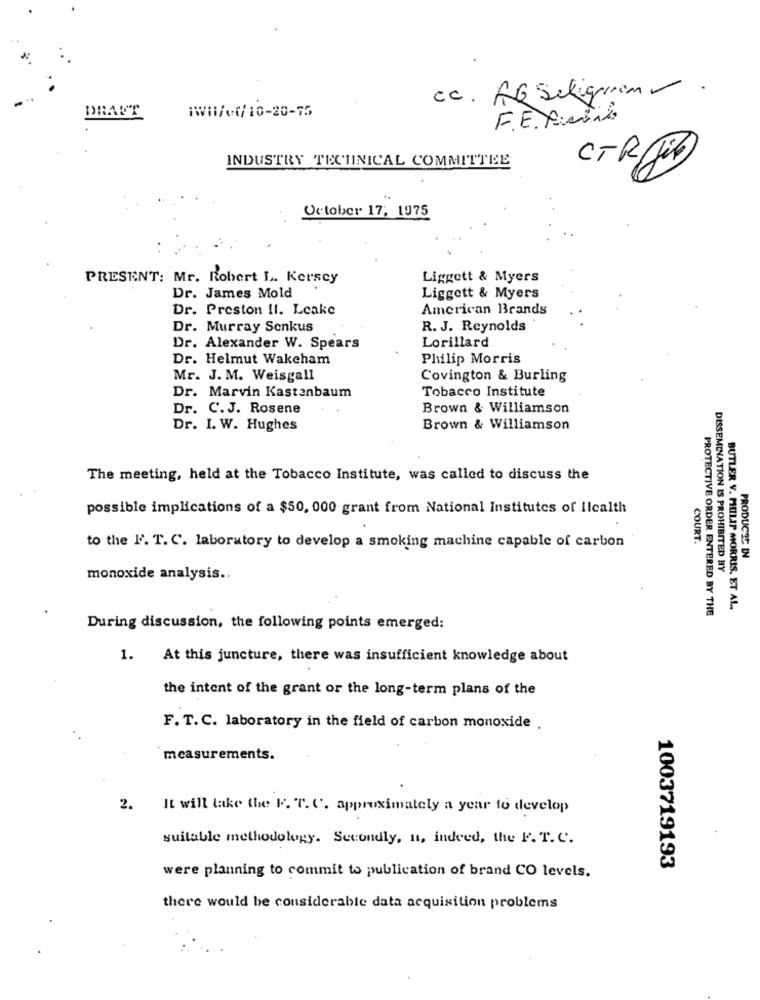
cc. AG Seligam-
iWH/c/10-20-75
DRAUT
F.E. Pmid
INDUSTRY TECHNICAL COMMITTEE
CTR Jib
October 17, 1975
PRESENT: Mr. Robert L. Kersey
Liggett & Myers
Dr. James Mold
Liggett & Myers
Dr. Preston II. Lcake
American Brands
Dr. Murray Senkus
R. J. Reynolds
Lorillard
Dr. Alexander W. Spears
Dr. Helmut Wakeham
Philip Morris
Mr. J. M. Weisgall
Covington & Burling
Dr. Marvin Kastanbaum
Tobacco Institute
Dr. C.J. Rosene
Brown & Williamson
Dr. I. W. Hughes
Brown & Williamson
The meeting, held at the Tobacco Institute, was called to discuss the
possible implications of a $50, 000 grant from National Institutes of ilcalth
COURT.
to the l'. T. C. laboratory to develop a smoking machine capable of carbon
PRODUCED IN
monoxide analysis ..
DISSEMINATION IS PROHIBITED BY
PROTECTIVE ORDER ENTERED BY THE
BUTLER V. PHILIP MORRIS, ET AL.
During discussion, the following points emerged:
1. At this juncture, there was insufficient knowledge about
the intent of the grant or the long-term plans of the
F. T. C. laboratory in the field of carbon monoxide .
measurements.
2.
It will take the F. T. C. approximately a year to develop
suitable methodology. Secondly, n, indeed, the F. T. C.
were planning to commit to publication of brand CO levels.
1003719193
there would be considerable data acquisition problems